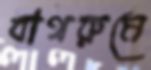
বাথরুমে